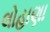
લોહાણા